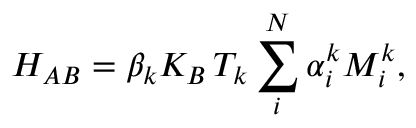
H _ { A B } = \beta _ { k } K _ { B } \, T _ { k } \sum _ { i } ^ { N } \alpha _ { i } ^ { k } M _ { i } ^ { k } ,